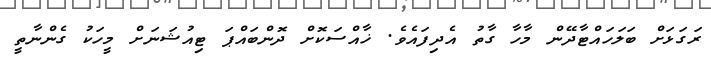
ރަގަޅަށް ބަލަހައްޓާދޭން މާހާ ގާތު އެދިފައެވެ. ޚާއްސަކޮށް ދޮންބައްޕަ ޓިއުޝަނަށް މީހަކު ގެންނާތީ